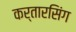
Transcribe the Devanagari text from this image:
कर्तारसिंग